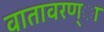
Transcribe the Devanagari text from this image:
वातावरण्ा